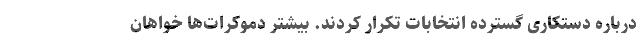
درباره دستکاری گسترده انتخابات تکرار کردند. بیشتر دموکرات‌ها خواهان